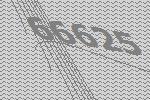
66625